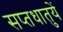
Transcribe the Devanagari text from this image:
सप्‍तधातुयें